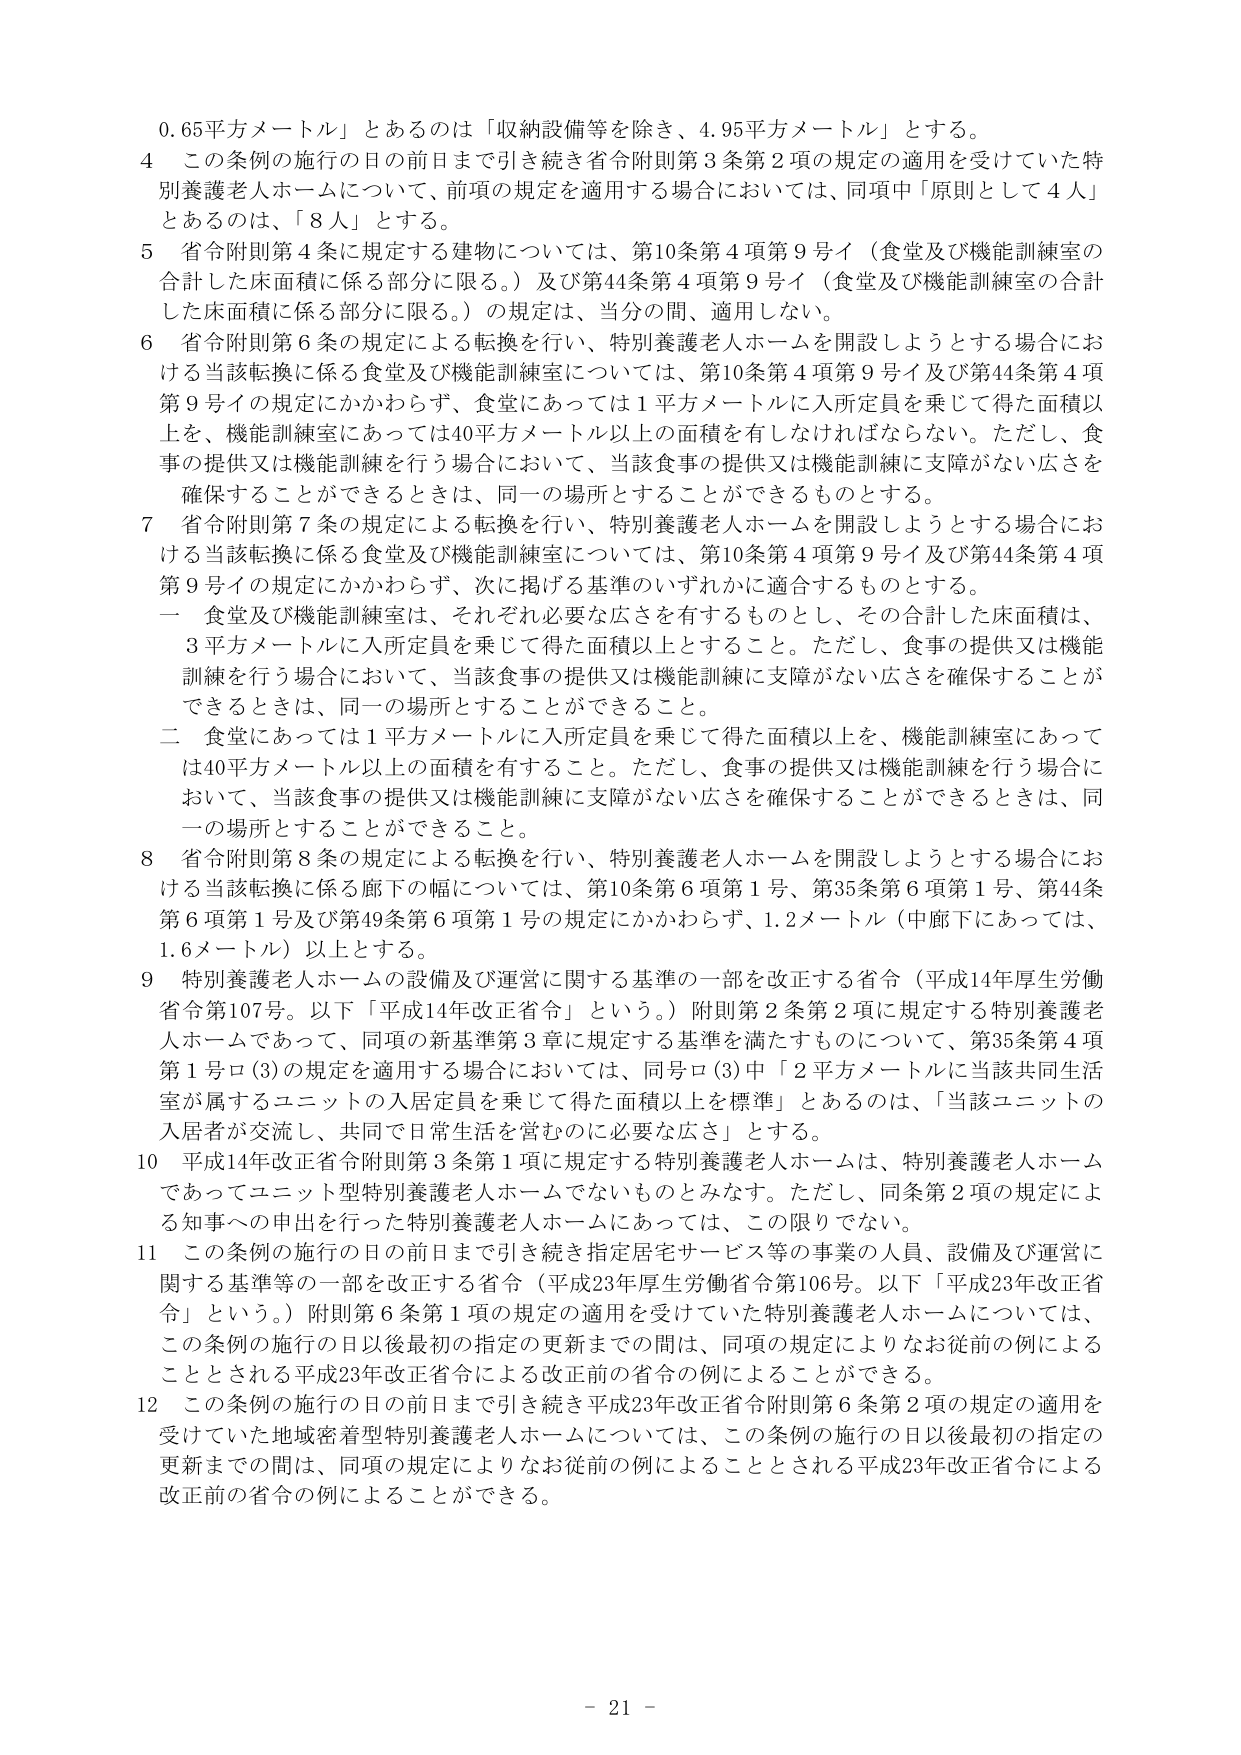
0.65平方メートル」とあるのは「収納設備等を除き、4.95平方メートル」とする。

4 この条例の施行の日の前日まで引き続き省令附則第3条第2項の規定の適用を受けていた特別養護老人ホームについて、前項の規定を適用する場合においては、同項中「原則として4人」とあるのは、「8人」とする。

5 省令附則第4条に規定する建物については、第10条第4項第9号イ（食堂及び機能訓練室の合計した床面積に係る部分に限る。）及び第44条第4項第9号イ（食堂及び機能訓練室の合計した床面積に係る部分に限る。）の規定は、当分の間、適用しない。

6 省令附則第6条の規定による転換を行い、特別養護老人ホームを開設しようとする場合における当該転換に係る食堂及び機能訓練室については、第10条第4項第9号イ及び第44条第4項第9号イの規定にかかわらず、食堂にあっては1平方メートルに入所定員を乗じて得た面積以上を、機能訓練室にあっては40平方メートル以上の面積を有しなければならない。ただし、食事の提供又は機能訓練を行う場合において、当該食事の提供又は機能訓練に支障がない広さを確保することができるときは、同一の場所とすることができるものとする。

7 省令附則第7条の規定による転換を行い、特別養護老人ホームを開設しようとする場合における当該転換に係る食堂及び機能訓練室については、第10条第4項第9号イ及び第44条第4項第9号イの規定にかかわらず、次に掲げる基準のいずれかに適合するものとする。

一 食堂及び機能訓練室は、それぞれ必要な広さを有するものとし、その合計した床面積は、3平方メートルに入所定員を乗じて得た面積以上とすること。ただし、食事の提供又は機能訓練を行う場合において、当該食事の提供又は機能訓練に支障がない広さを確保することができるときは、同一の場所とすることができる。

二 食堂にあっては1平方メートルに入所定員を乗じて得た面積以上を、機能訓練室にあっては40平方メートル以上の面積を有すること。ただし、食事の提供又は機能訓練を行う場合において、当該食事の提供又は機能訓練に支障がない広さを確保することができるときは、同一の場所とすることができる。

8 省令附則第8条の規定による転換を行い、特別養護老人ホームを開設しようとする場合における当該転換に係る廊下の幅については、第10条第6項第1号、第35条第6項第1号、第44条第6項第1号及び第49条第6項第1号の規定にかかわらず、1.2メートル（中廊下にあっては、1.6メートル）以上とする。

9 特別養護老人ホームの設備及び運営に関する基準の一部を改正する省令（平成14年厚生労働省令第107号。以下「平成14年改正省令」という。）附則第2条第2項に規定する特別養護老人ホームであって、同項の新基準第3章に規定する基準を満たすものについて、第35条第4項第1号ロ(3)の規定を適用する場合においては、同号ロ(3)中「2平方メートルに当該共同生活室が属するユニットの入居定員を乗じて得た面積以上を標準」とあるのは、「当該ユニットの入居者が交流し、共同で日常生活を営むのに必要な広さ」とする。

10 平成14年改正省令附則第3条第1項に規定する特別養護老人ホームは、特別養護老人ホームであってユニット型特別養護老人ホームでないものとみなす。ただし、同条第2項の規定による知事への申出を行った特別養護老人ホームにあっては、この限りでない。

11 この条例の施行の日の前日まで引き続き指定居宅サービス等の事業の人員、設備及び運営に関する基準等の一部を改正する省令（平成23年厚生労働省令第106号。以下「平成23年改正省令」という。）附則第6条第1項の規定の適用を受けていた特別養護老人ホームについては、この条例の施行の日以後最初の指定の更新までの間は、同項の規定によりなお従前の例によることとされる平成23年改正省令による改正前の省令の例によることができる。

12 この条例の施行の日の前日まで引き続き平成23年改正省令附則第6条第2項の規定の適用を受けていた地域密着型特別養護老人ホームについては、この条例の施行の日以後最初の指定の更新までの間は、同項の規定によりなお従前の例によることとされる平成23年改正省令による改正前の省令の例によることができる。

- 21 -